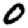
Digit: 0